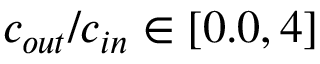
c _ { o u t } / c _ { i n } \in [ 0 . 0 , 4 ]